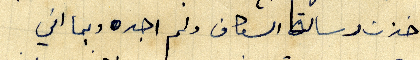
اخذت رسالة السكاف ولم اجده وبما اني